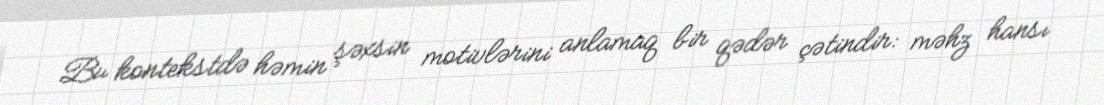
Bu kontekstdə həmin şəxsin motivlərini anlamaq bir qədər çətindir: məhz hansı